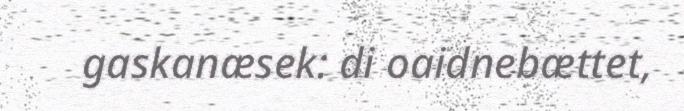
gaskanæsek: di oaidnebættet,